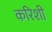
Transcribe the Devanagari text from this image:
करिशी